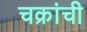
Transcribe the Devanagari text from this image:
चक्रांची